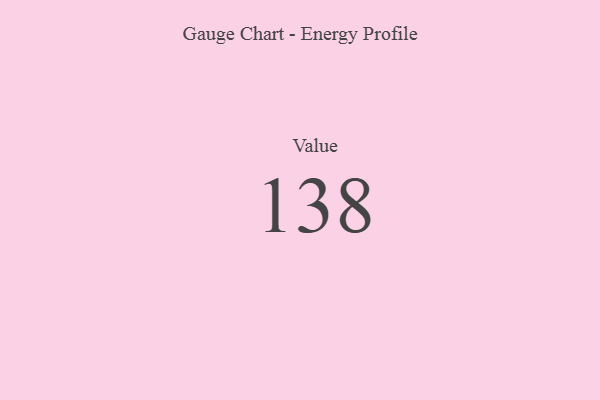
{"axis": {"x": "Metric", "y": "Value"}, "legend": [""], "data": [{"x": "Value", "y": 138, "type": ""}]}